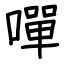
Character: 嘽